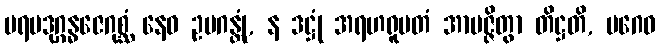
ပရမဒုဂ္ဂန္ဓဇေဂုစ္ဆံ နေဝ ဥပဂန္တုံ, န ဒဋ္ဌုံ အရဟရူပတံ အာပဇ္ဇိတွာ တိဋ္ဌတိ, ပဂေဝ